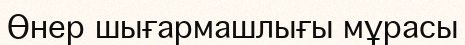
Өнер шығармашлығы мұрасы